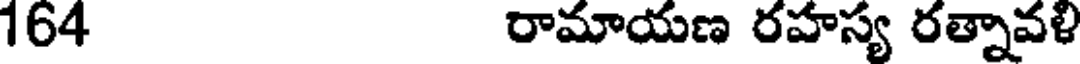
164 రామాయణ రహస్య రత్నావళి